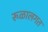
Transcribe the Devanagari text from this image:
रूळालगत